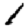
Digit: 1